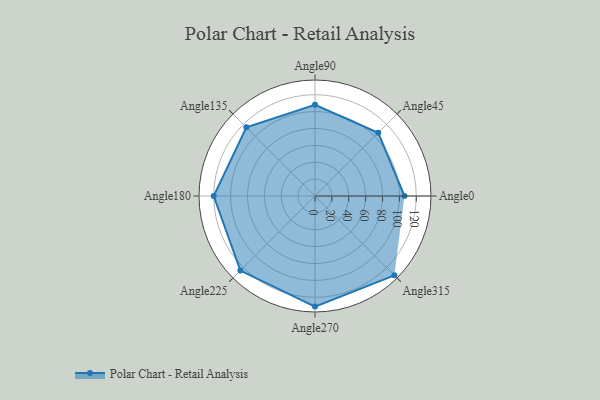
{"axis": {"x": "Angle", "y": "Radius"}, "legend": [""], "data": [{"x": "Angle0", "y": 106.0, "type": ""}, {"x": "Angle45", "y": 106.0, "type": ""}, {"x": "Angle90", "y": 108.0, "type": ""}, {"x": "Angle135", "y": 115.0, "type": ""}, {"x": "Angle180", "y": 120.0, "type": ""}, {"x": "Angle225", "y": 125.0, "type": ""}, {"x": "Angle270", "y": 131.0, "type": ""}, {"x": "Angle315", "y": 133.0, "type": ""}]}